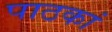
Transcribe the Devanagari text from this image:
पाठकां